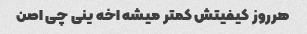
هرروز کیفیتش کمتر میشه اخه ینی چی اصن